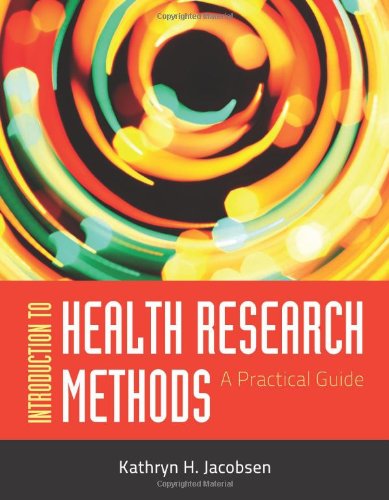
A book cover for Introduction To Health Research Methods: A Practical Guide; Kathryn H. Jacobsen; Medical Books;